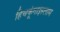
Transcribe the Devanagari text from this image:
हिचकूंगाइस्लाम